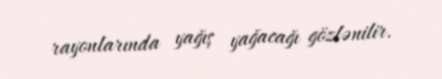
rayonlarında yağış yağacağı gözlənilir.